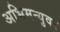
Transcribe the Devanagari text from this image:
अभिमन्युवर